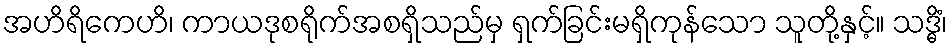
အဟိရိကေဟိ၊ ကာယဒုစရိုက်အစရှိသည်မှ ရှက်ခြင်းမရှိကုန်သော သူတို့နှင့်။ သဒ္ဓိံ၊